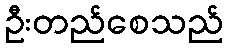
ဦးတည်စေသည်